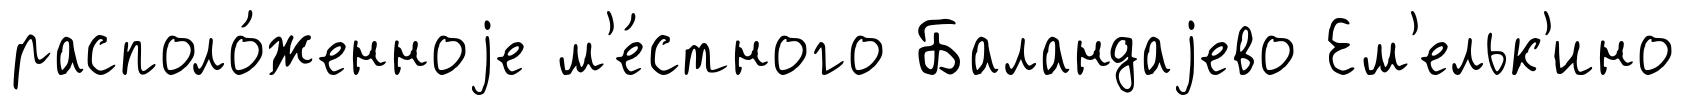
располо́женноjе м'е́стного Баландаjево Ем'ельк'ино